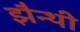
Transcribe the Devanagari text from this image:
झैन्थी